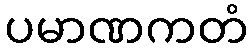
ပမာဏကတံ